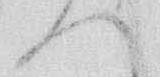
へ